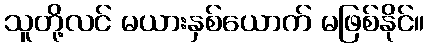
သူတို့လင် မယားနှစ်ယောက် မဖြစ်နိုင်။